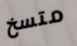
متسخ